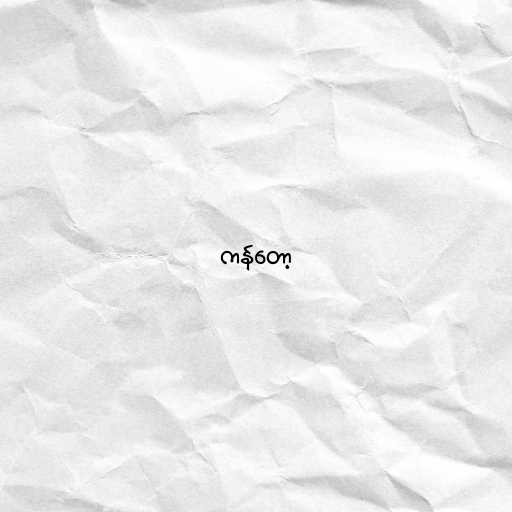
ကန်တော့